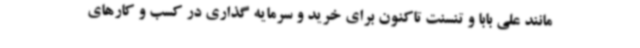
مانند علی بابا و تنسنت تاکنون برای خرید و سرمایه گذاری در کسب و کارهای